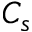
C _ { s }